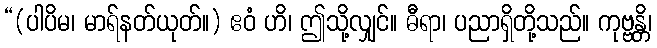
“(ပါပိမ၊ မာရ်နတ်ယုတ်။) ဧဝံ ဟိ၊ ဤသို့လျှင်။ ဓီရာ၊ ပညာရှိတို့သည်။ ကုဗ္ဗန္တိ၊